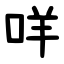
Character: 咩